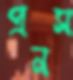
প্রনস